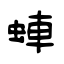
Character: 蛼